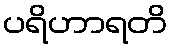
ပရိဟာရတိ